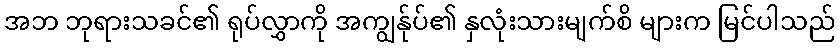
အဘ ဘုရားသခင်၏ ရုပ်လွှာကို အကျွန်ုပ်၏ နှလုံးသားမျက်စိ များက မြင်ပါသည်